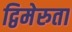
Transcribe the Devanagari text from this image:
द्विमेरुता